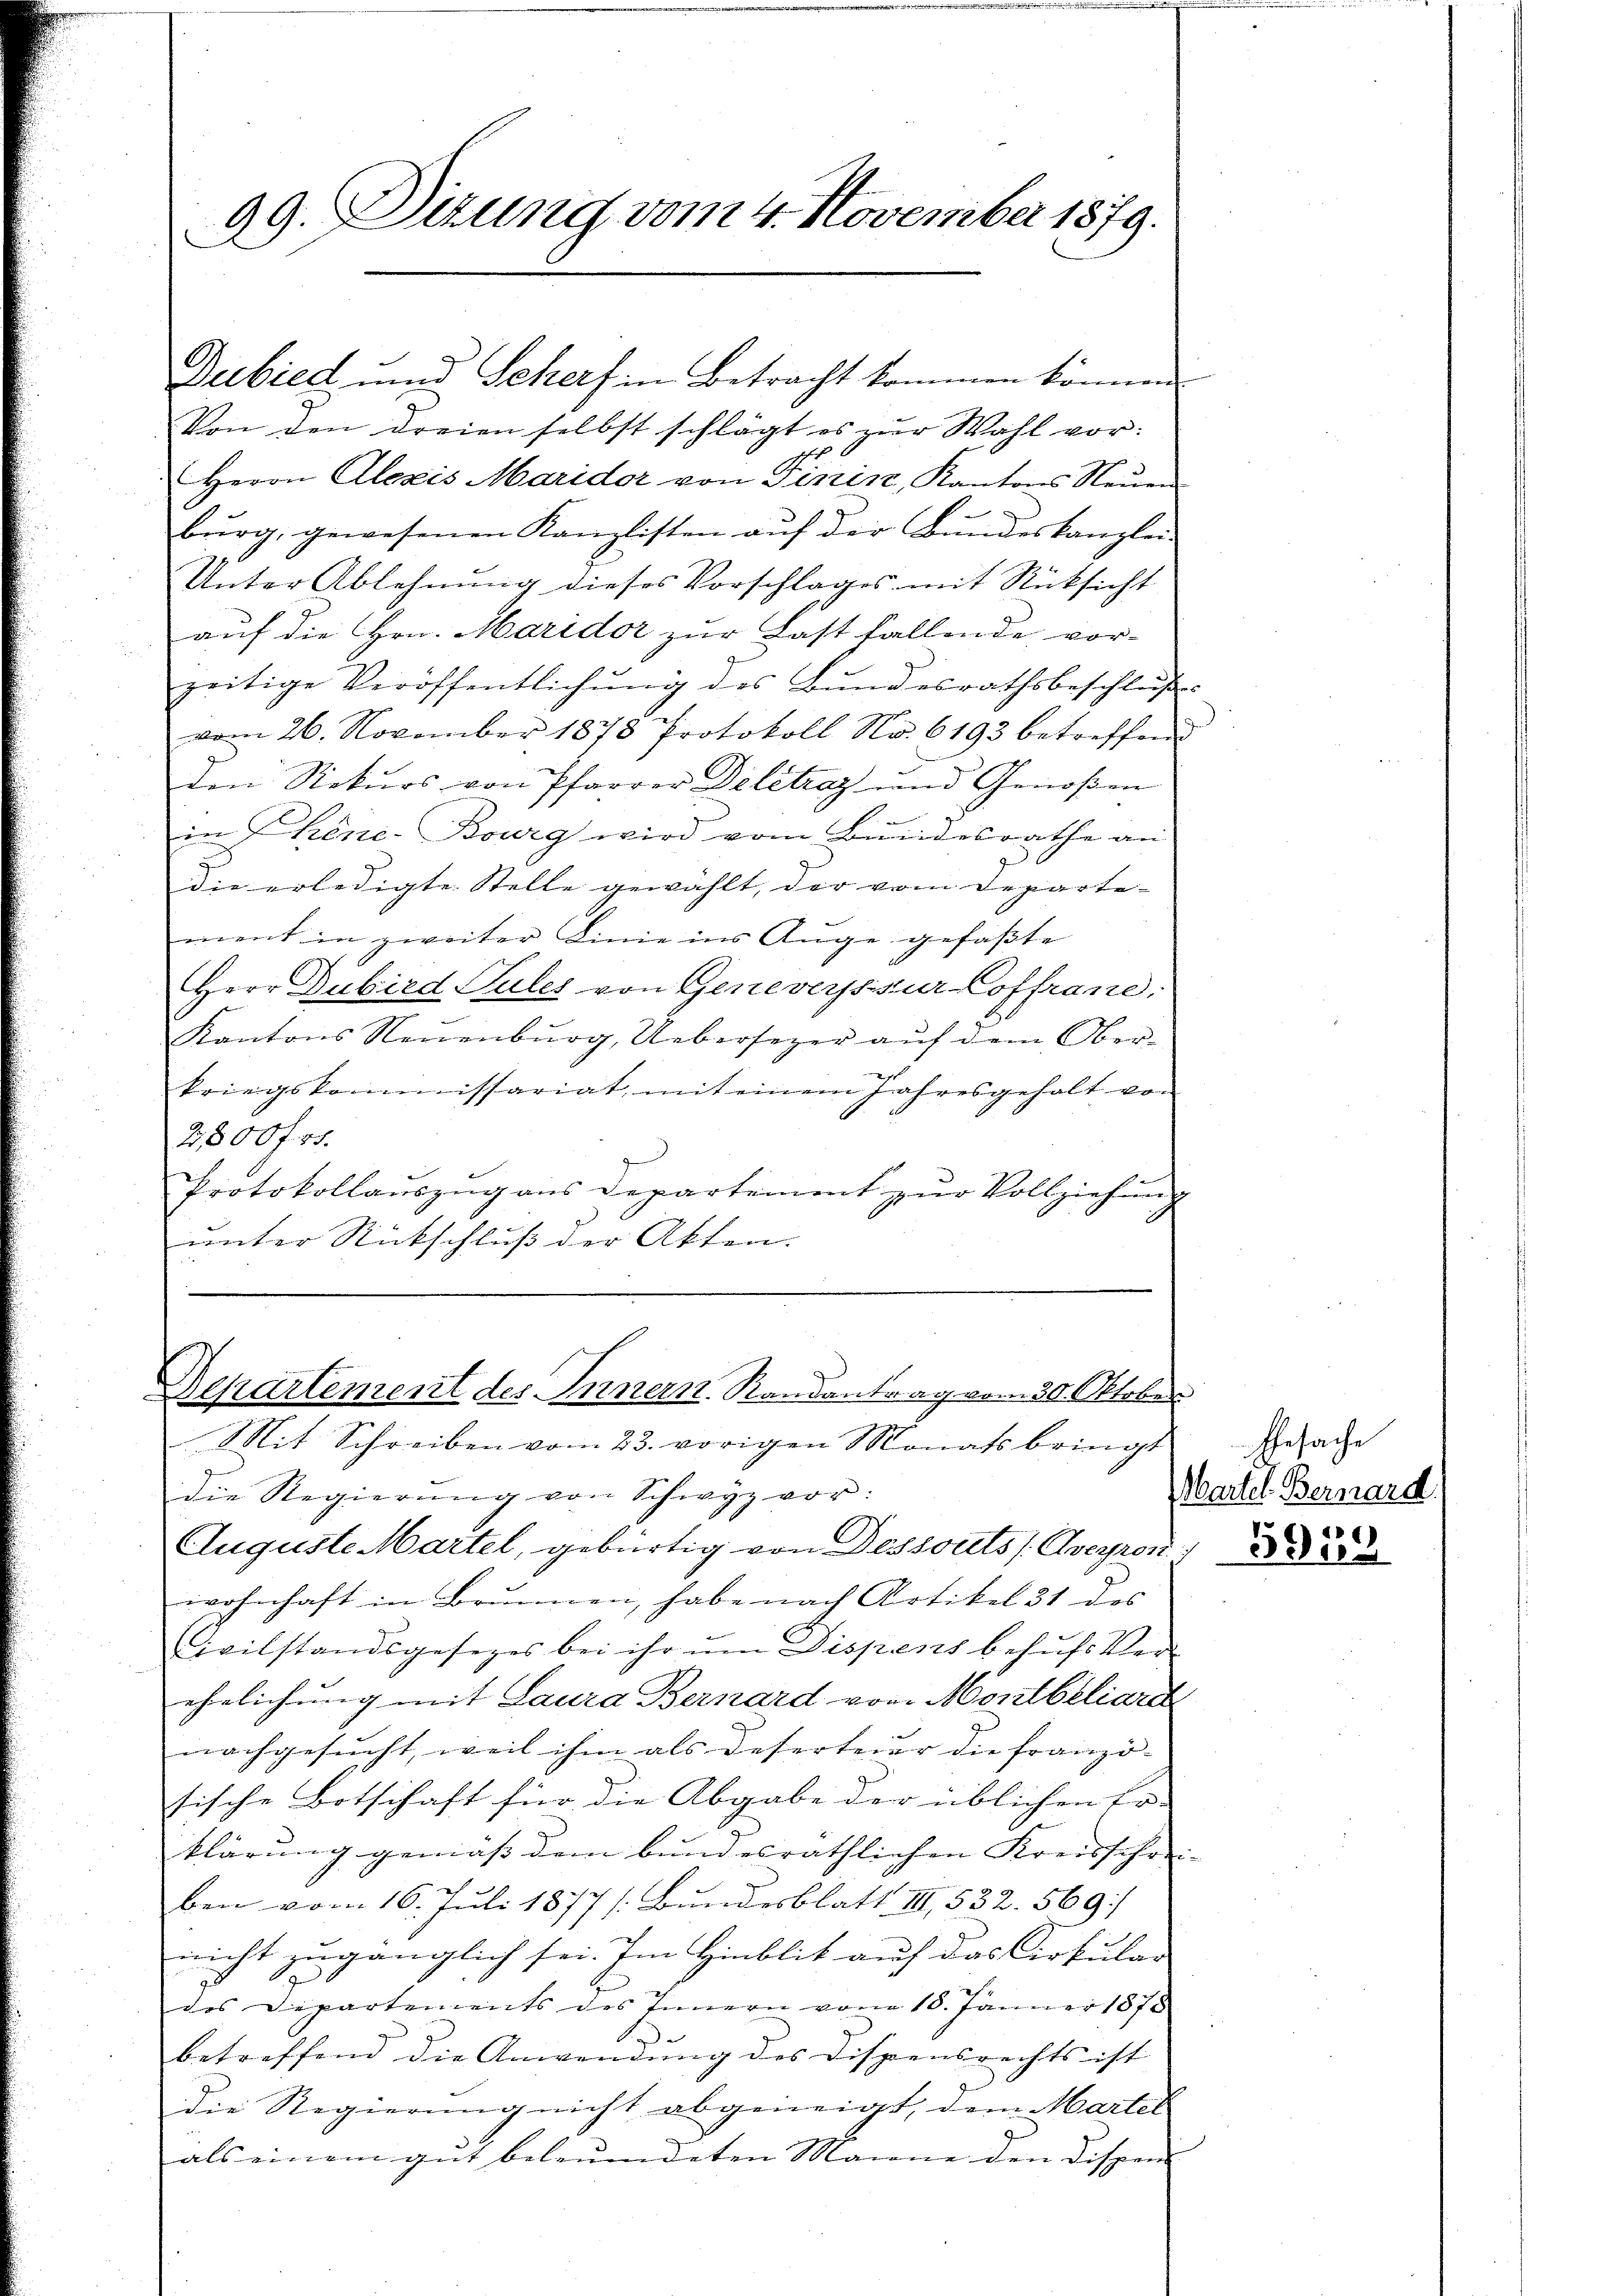
99. Dizung vom 4. November 1879.

Dubied und Sehers in Betracht kommen können.

Von den dreien selbst schlägt es zur Wahl vor:
Herrn Alezis Maridor von Pinin, Kantons Neuen
bŭrg, gewesenen Kanzlisten auf der Bundeskanzlei-
Unter Ablehnung dieses Vorschlages mit Rücksicht
auf die Hrn. Maridor zur Last fallende vorzeitige Veröffentlichŭng des Bŭndesrathsbeschlŭβes
vom 26. November 1878 Protokoll No 6193 betreffend
den Rekurs von Pfarrer Delétraz und Genoßen
in hine-Bourg wird vom Bundesrathe an
7
die erledigte Stelle gewählt, der vom Departe-
ment in zweiter Linie ins Auge gefaßte
Herr Dubird Sules von Genevers zur Coffrane.
Kantons Neuenburg, Uebersezer aŭf dem Ober-
kriegskommissariat, mit einem Jahresgehalt von
2,500 f 15.
Protokollaŭszŭg ans Departement zŭr Vollziehung
unter Rückschluß der Akten.

Auguste Martel, gebürtig von Dessouts (Cveyron
wohnhaft in Brunnen, habe nach Artikel 31 des
Civilstandsgesezes bei ihr um Dispens behufs Verehrlichung mit Laura Bernard von Montbeliare
nachgesucht, weil ihm als Deserteier die franzö- |
tische Botschaft für die Abgabe der üblichen Er-
klärung gemäss dem bundesräthlichen Kreisschre
ben vom 16. Juli 1877 (Bundesblatt III, 532. 569.
nicht zugänglich sei. Im Hinblit auf das Cirkular
des Departements des Innern vom 18. Jänner 1878
betreffend die Anwendŭng des Dispensrechts ist
die Regierung nicht abgeneigt, dem Martel
als einem gut beleumdeten Manne den Dispen

Departement des Innern. Randantrag vom 30. Oktober
Mit Schreiben vom 23. vorigen Monats bringt
die Regierŭng von Schwyz vor:

Ehesache
bartel Bernard

5919